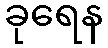
ခုရေန